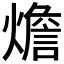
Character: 𤐐